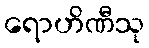
ရောဟိဏီသု